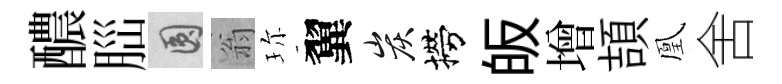
醲𦛁圓翁珎翼炭撈皈增頡凰舍